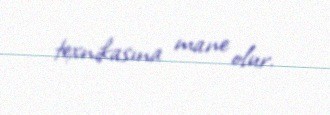
texnikasına mane olur.